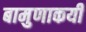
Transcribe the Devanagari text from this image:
बामुणाकयी